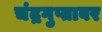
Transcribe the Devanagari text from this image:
चंद्रगुप्तावर